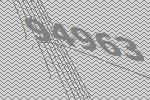
94963